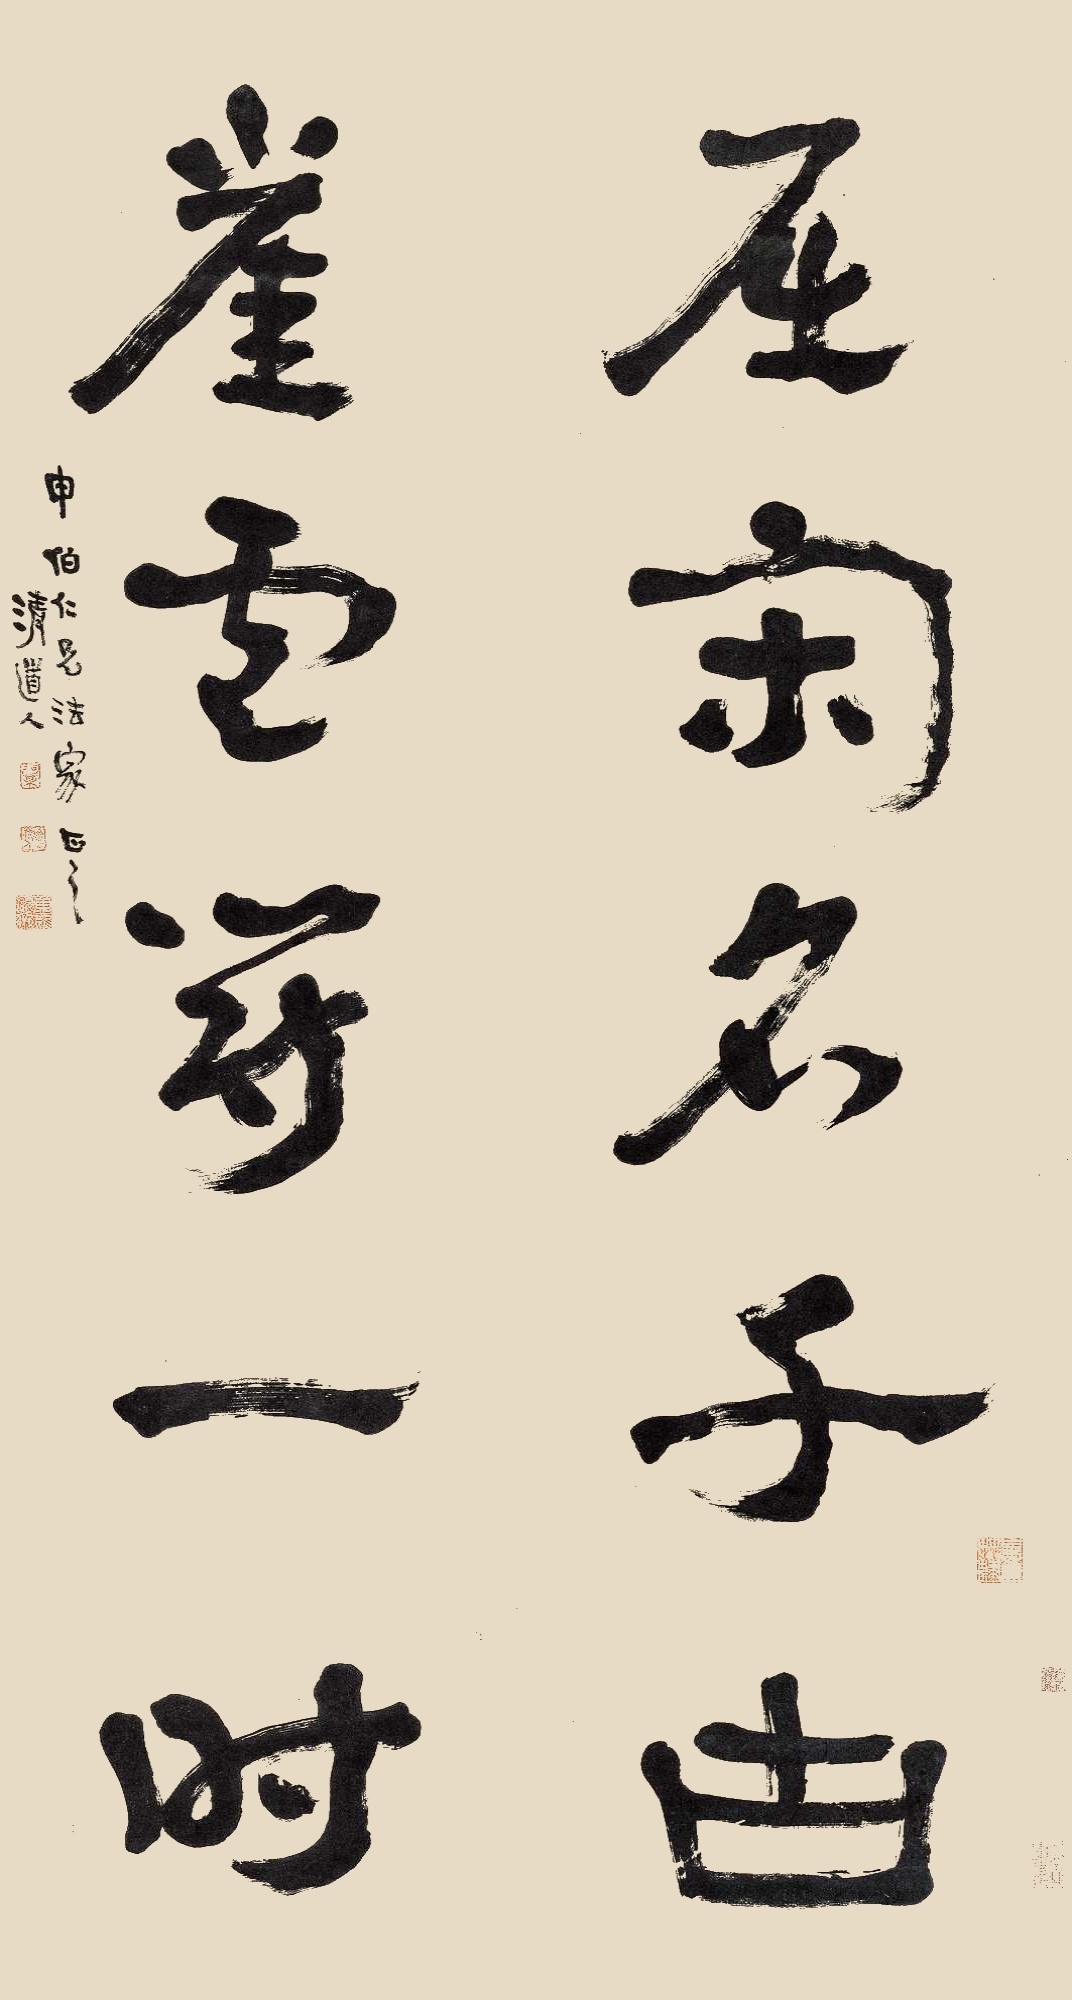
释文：屈宋名千古，崖卢冠一时。申伯仁兄法家正之。清道人。